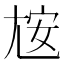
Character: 𰍮